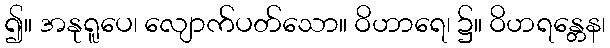
၍။ အနုရူပေ၊ လျောက်ပတ်သော။ ဝိဟာရေ၊ ၌။ ဝိဟရန္တေန၊